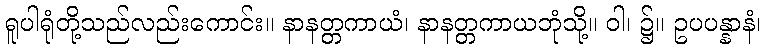
ရူပါရုံတို့သည်လည်းကောင်း။ နာနတ္တကာယံ၊ နာနတ္တကာယဘုံသို့။ ဝါ၊ ၌။ ဥပပန္နာနံ၊